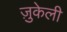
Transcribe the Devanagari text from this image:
ज़ुकेली